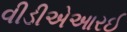
વીડીએઆરઈ